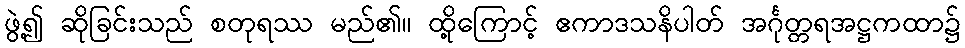
ဖွဲ့၍ ဆိုခြင်းသည် စတုရဿ မည်၏။ ထို့ကြောင့် ဧကာဒသနိပါတ် အင်္ဂုတ္တရအဋ္ဌကထာ၌